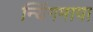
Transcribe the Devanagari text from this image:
न्यिंगमापा